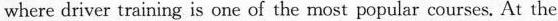
where driver training is one of the most popular courses. At the